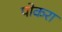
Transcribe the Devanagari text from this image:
पोकरा